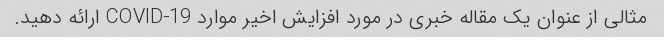
مثالی از عنوان یک مقاله خبری در مورد افزایش اخیر موارد COVID-19 ارائه دهید.